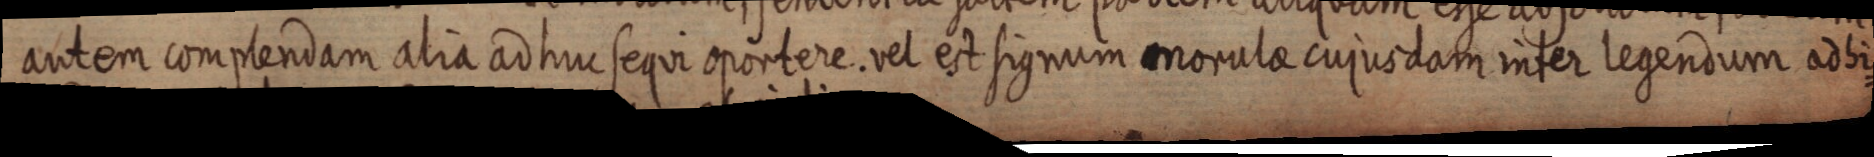
antem complendam alia adhuc sequi oportere. vel est signum morulae cujusdam inter legendum adhi